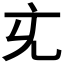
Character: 𭀚